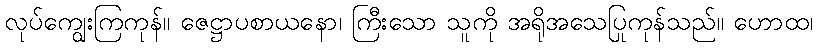
လုပ်ကျွေးကြကုန်။ ဇေဋ္ဌာပစာယနော၊ ကြီးသော သူကို အရိုအသေပြုကုန်သည်။ ဟောထ၊